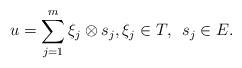
LaTeX: \begin{align*} u=\sum^m_{j=1}\xi_j\otimes s_j, \xi_j\in T,~\,s_j\in E. \end{align*}